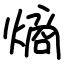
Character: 熵